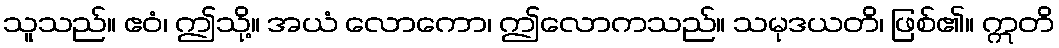
သူသည်။ ဧဝံ၊ ဤသို့။ အယံ လောကော၊ ဤလောကသည်။ သမုဒယတိ၊ ဖြစ်၏။ ဣတိ